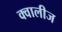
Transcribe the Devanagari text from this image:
क्वालीज